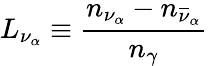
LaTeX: L_{\nu_{\alpha}}\equiv{\frac{n_{\nu_{\alpha}}-n_{\overline{{{\nu}}}_{\alpha}}}{n_{\gamma}}}